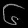
Digit: ၆